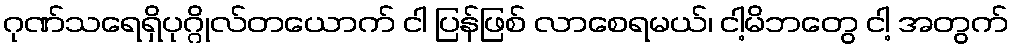
ဂုဏ်သရေရှိပုဂ္ဂိုလ်တယောက် ငါ ပြန်ဖြစ် လာစေရမယ်၊ ငါ့မိဘတွေ ငါ့ အတွက်